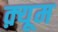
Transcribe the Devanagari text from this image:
क़्यूम